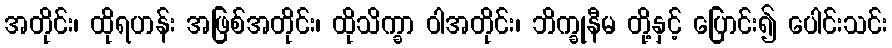
အတိုင်း၊ ထိုရဟန်း အဖြစ်အတိုင်း၊ ထိုသိက္ခာ ဝါအတိုင်း၊ ဘိက္ခုနီမ တို့နှင့် ပြောင်း၍ ပေါင်းသင်း